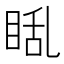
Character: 𪾬